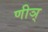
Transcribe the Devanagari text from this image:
णीञ्